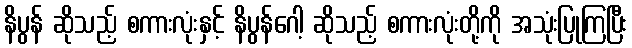
နိပွန် ဆိုသည့် စကားလုံးနှင့် နိပွန်ဂေါ့ ဆိုသည့် စကားလုံးတို့ကို အသုံးပြုကြပြီး